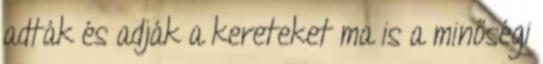
adták és adják a kereteket ma is a minőségi